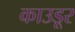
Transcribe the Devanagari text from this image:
काउडूर